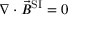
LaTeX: \nabla \cdot { \vec { B } } ^ { \mathrm { S I } } = 0